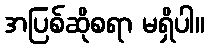
အပြစ်ဆိုစရာ မရှိပါ။